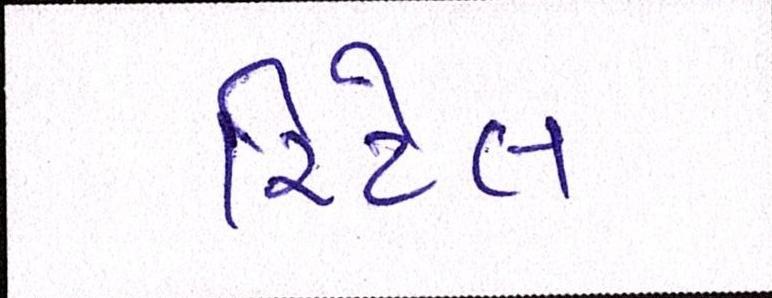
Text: રિટેલ